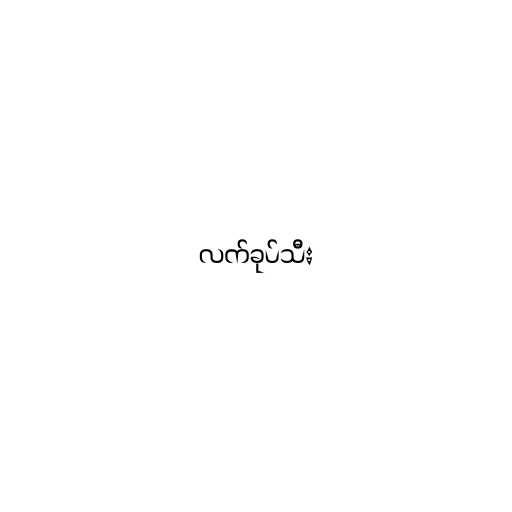
လက်ခုပ်သီး